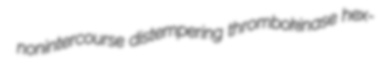
nonintercourse distempering thrombokinase hex-